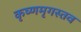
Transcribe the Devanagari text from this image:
कृष्णमृगस्तव